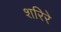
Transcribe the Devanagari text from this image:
शरिरे